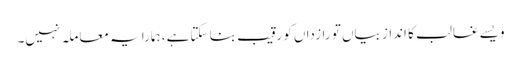
ویسے غالب کا انداز بیاں تو رازداں کو رقیب بنا سکتا ہے، ہمارا یہ معاملہ نہیں۔